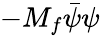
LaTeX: -M_{f}\bar{\psi}\psi